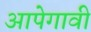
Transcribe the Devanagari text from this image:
आपेगावी